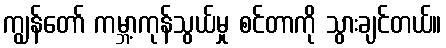
ကျွန်တော် ကမ္ဘာ့ကုန်သွယ်မှု စင်တာကို သွားချင်တယ်။